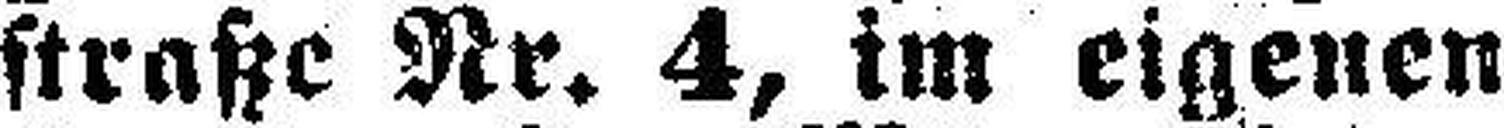
straße Nr. 4, im eigenen